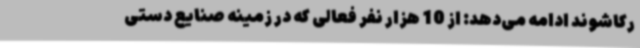
رکاشوند ادامه می‌دهد: از 10 هزار نفر فعالی که در زمینه صنایع دستی